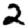
Digit: 2